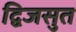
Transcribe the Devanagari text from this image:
द्विजसुत